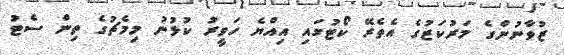
ޒުވާނުންގެ މަރުކަޒުގެ އެތެރޭ ކޯޓުގައި އިއްޔެ ހަވީރު ކުޅުނު މިމެޗުގެ ތިން ސެޓު